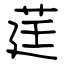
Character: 莛